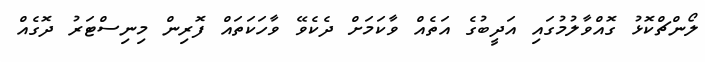
ލޯންޗްކޮޅު ގޮއްވާލުމުގައި އަދީބުގެ އަތެއް ވާކަމަށް ދެކެވޭ ވާހަކަތައް ފޮރިން މިނިސްޓަރު ދޮގެއް